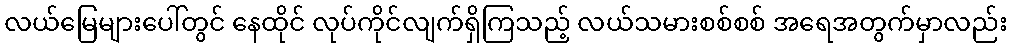
လယ်မြေများပေါ်တွင် နေထိုင် လုပ်ကိုင်လျက်ရှိကြသည့် လယ်သမားစစ်စစ် အရေအတွက်မှာလည်း